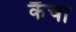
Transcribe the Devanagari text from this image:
कैंचा